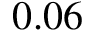
0 . 0 6